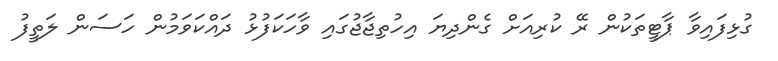
ގުޅިފައިވާ ޕާޓީތަކުން ރޭ ކުރިއަށް ގެންދިޔަ އިހުތިޖާޖުގައި ވާހަކަފުޅު ދައްކަވަމުން ހަސަން ލަތީފު